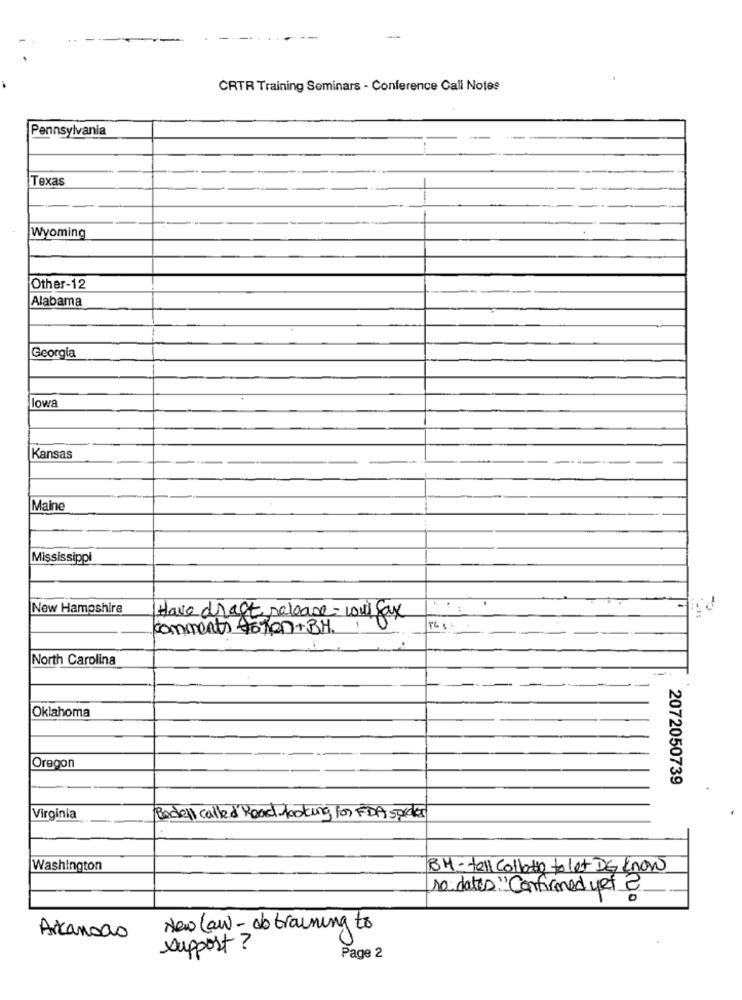
CRTR Training Seminars - Conference Call Notes
Pennsylvania
Texas
Wyoming
Other-12
Alabama
Georgia
lowa
Kansas
Maine
Mississippi
New Hampshire
-
Have draft release - woul fax
comments foron+BM.
North Carolina
Oklahoma
Oregon
2072050739
Virginia
Rochell called'Road - looking for FDA speder
Washington
BH- tell Collation to let DE know
10 dates "Confirmed yet 2
New law - ob training to
Arkansas
support ?
Page 2